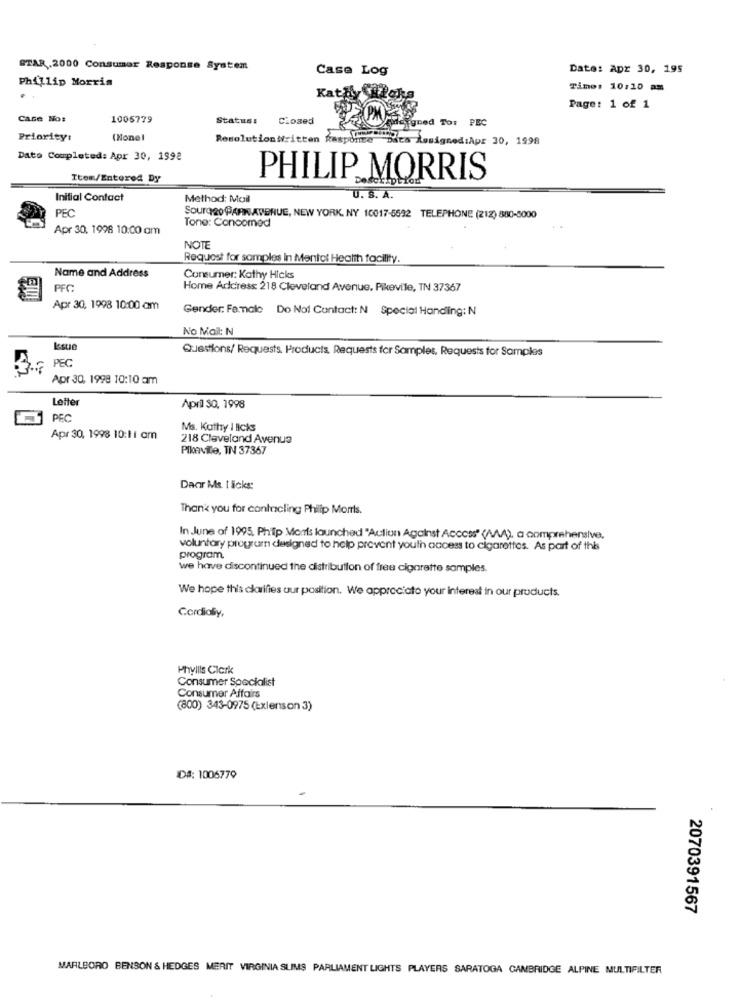
STAR.2000 Consumer Response System
Case Log
Date: Apr 30, 195
Phillip Morris
Kat?
Time: 10:10 am
Page: 1 of 1
Case No:
1005779
Status:
Closed
PM
signed Tor PEC
Priority:
(Nonel
Resolution Written Responce
gjes Resigned:Apr 30, 1998
Dato Completed: Apr 30, 1992
Item/Entered Dy
PHILIP MORRIS
Initial Contact
Method: Mail
U. S. A.
PEC
SOUTQ20 PARK AVENUE, NEW YORK, NY 10017-5592 TELEPHONE (212) 880-8000
Apr 30, 1998 10:00 am
Tone: Concomed
NOTE
Request for samples in Mental Health facility.
Name and Address
Consumer: Kathy Hicks
PFC
Home Address: 218 Cleveland Avenue, Pikeville, TN 37367
Apr 30, 1998 10:00 am
Gender: Fammale Do Not Contact: N Special Handling: N
No Mail: N
Questions/ Requests Products, Requests for Samples, Requests for Samples
PEC
Apr 30, 1998 10:10 am
Letter
April SO, 1998
PEC
Ms. Kathy I licks
Apr 30, 1998 10:11 am
218 Cleveland Avenue
Pikeville, TN 37367
Daar Ms. I äcks:
Thank you for controling Philip Morris.
In June of 1995. Philip Morris launched "Acliun Against Access" (AA), a comprehensive.
voluntary program designed to help prevent youth access to cigarettes. As part of this
program.
we have discontinued the distribution of free cigarette samples.
We hope this clarifies our position. We appreciate your interest in our products.
Cordialiy,
Phyllis Clark
Consumer Specialist
Consumer Affairs
(800) 343-0975 (Exlenson 3)
ID#: 1006779
2070391567
MARLBORO BENSON & HEDGES MERIT VIRGINIA SLIMS PARLIAMENT LIGHTS PLAYERS SARATOGA CAMBRIDGE ALPINE MULTIFILTER